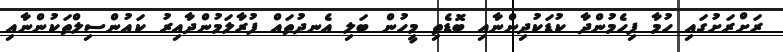
ރަށްރަށުގައި ހުމާ ފިހެމުންދާ ކުޑަކުދިންނާއި ބޮޑެތި މީހުން ބަލި އެނދުތައް ފުރާލަމުންދާއިރު ކައުންސިލްތަކުންނާއި